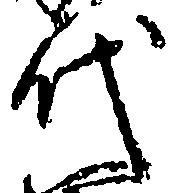
代